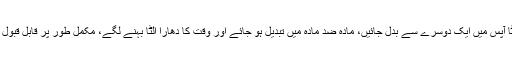
اس کا مطلب یہ ہوا کہ ایسی کائنات، جس میں سیدھا اور الٹا آپس میں ایک دوسرے سے بدل جائیں، مادّہ ضد مادّہ میں تبدیل ہو جائے اور وقت کا دھارا الٹا بہنے لگے، مکمل طور پر قابل قبول ہے یہ طبیعیات کے مروجہ قوانین کا بھی اتباع کرے گی۔